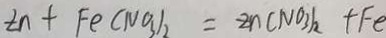
Z n + F e ( N O _ { 3 } ) _ { 2 } = Z n ( N O _ { 3 } ) _ { 2 } + F e